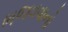
ભજવવાનો